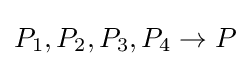
P_{1},P_{2},P_{3},P_{4}\to P